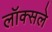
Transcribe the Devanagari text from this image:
लॉक्सले